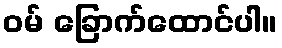
ဝမ် ခြောက်ထောင်ပါ။